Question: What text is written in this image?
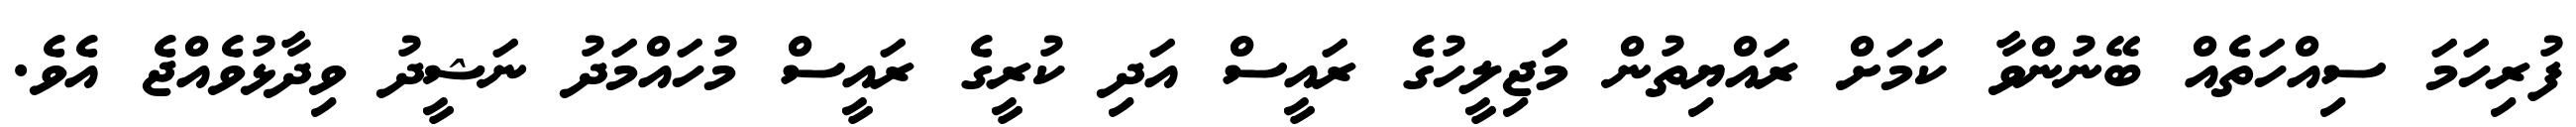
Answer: ފުރިހަމަ ސިއްހަތެއް ބޭނުންވާ ކަމަށް ރައްޔިތުން މަޖިލީހުގެ ރައީސް އަދި ކުރީގެ ރައީސް މުހައްމަދު ނަޝީދު ވިދާޅުވެއްޖެ އެވެ.